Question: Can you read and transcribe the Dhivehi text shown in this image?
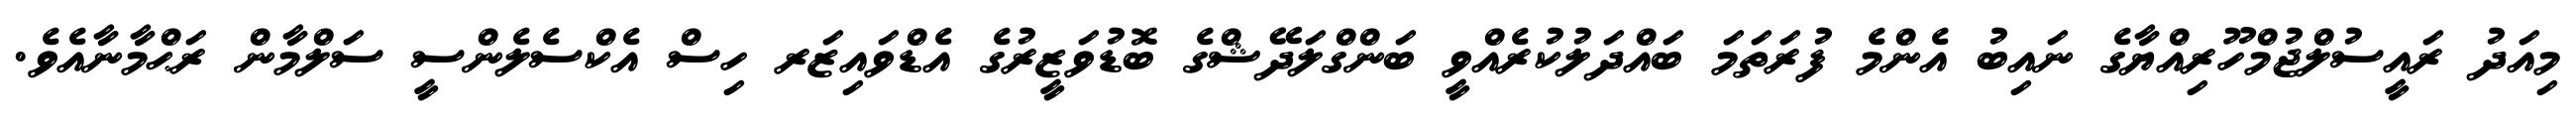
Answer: މިއަދު ރައީސުލްޖުމްހޫރިއްޔާގެ ނައިބު އެންމެ ފުރަތަމަ ބައްދަލުކުރެއްވީ ބަންގްލަދޭޝްގެ ބޮޑުވަޒީރުގެ އެޑްވައިޒަރ ހިސް އެކްސެލެންސީ ސަލްމާން ރަޙްމާނާއެވެ.